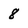
Character: 8